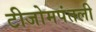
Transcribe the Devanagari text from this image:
टीजोमपंतली